EAOK_Sinod, lk 28
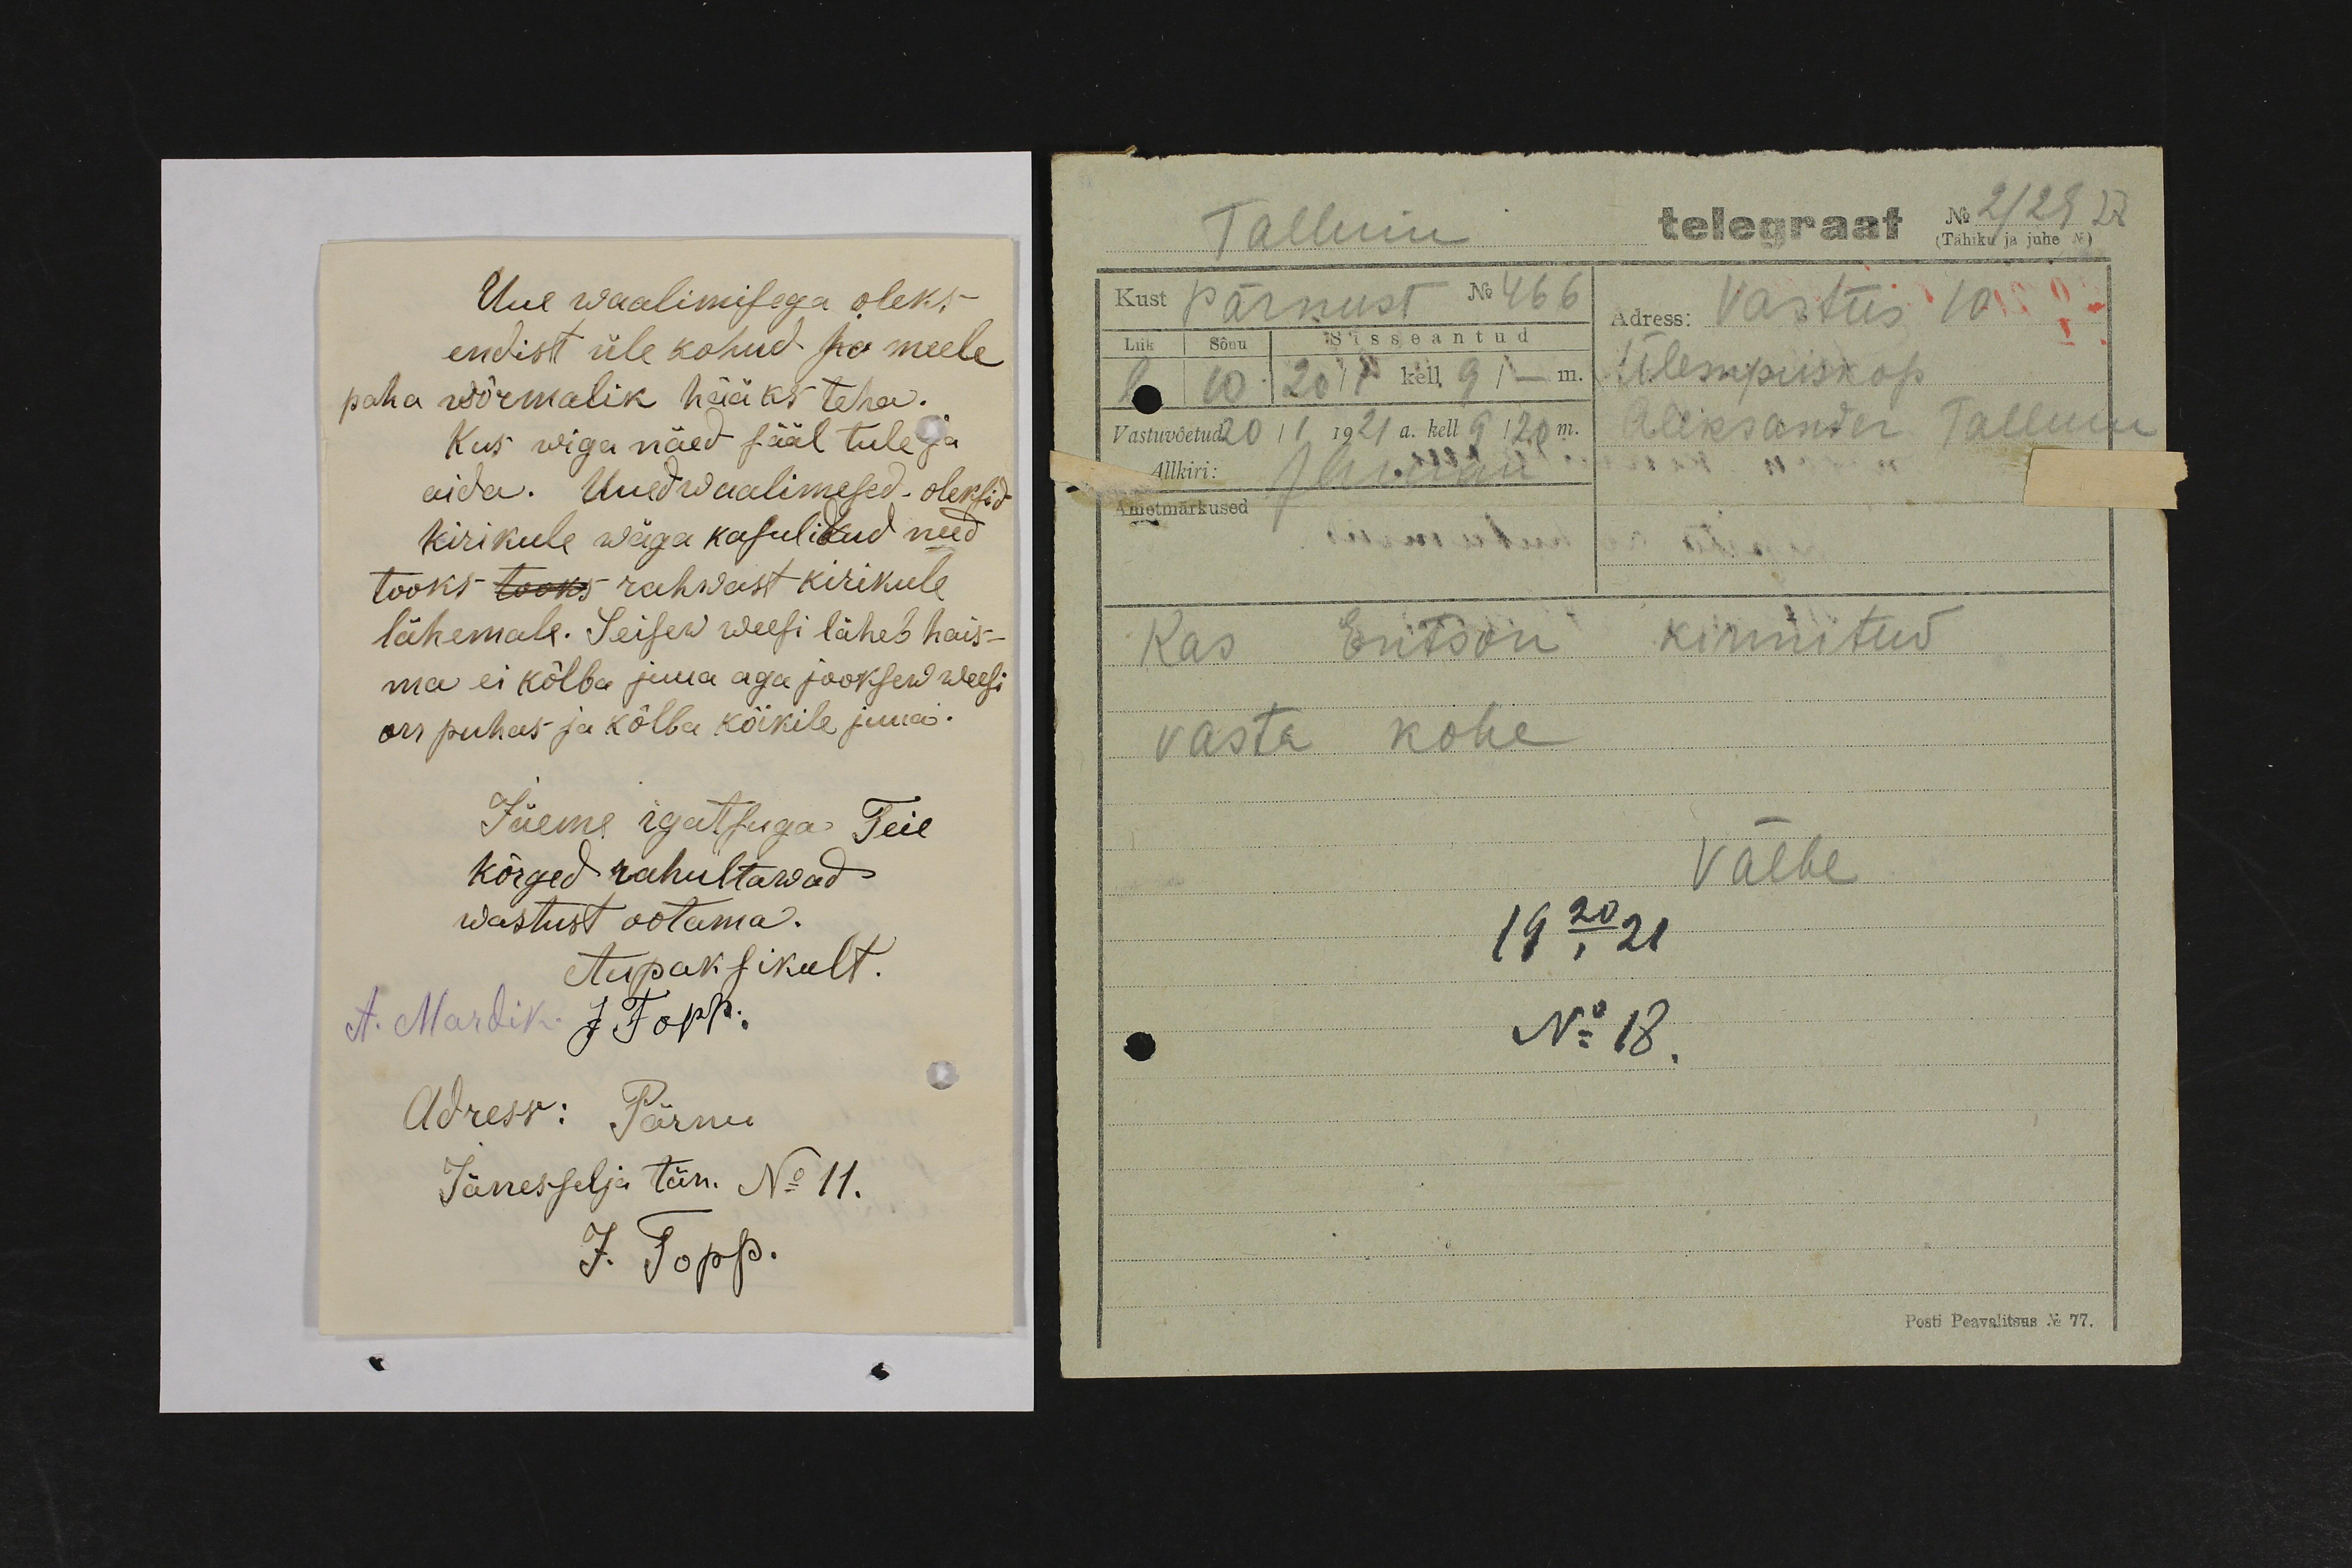
Uue waalimisega oleks
endist üle kohud ja meele
paha wõimalik hääks teha.
Kus wiga näed sääl tule ja
aida. Uued waalimesed oleksid
kirikule wäga kasulikud need
tooks tooks rahwast kirikule
lähemale. Seisew weesi läheb hais-
ma ei kõlba juua aga jooksew weesi
on puhas ja kõlba kõikile juua.
Jäeme igatsuga Teie
kõrged rahultawad
wastust ootama.
Aupaksikult.
A. Mardik.
J. Topp.
Adress: Pärnu
Jänesselja tän. No 11.
J. Topp.

Tallinn telegraaf No 2129 28
(Tähiku ja juhe No)
Kust pärnust No 466
Adress: Vastus 10
Liik  Sõnu Sisseantud.
l 10 20/1 kell 9 / – m.
Ülempiiskop
Aleksander Tallinn
Vastuvõetud 20/1, 1921 a. kell 9 / 20 m.
Allkiri: Margu
Ametmärkused
Kas Entson kinnitud
vasta kohe
Välbe
19 20/I 21
No 18.
Posti Peavalitsus No 77.